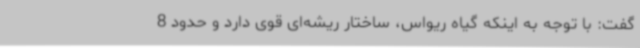
گفت: با توجه به اینکه گیاه ریواس، ساختار ریشه‌ای قوی دارد و حدود 8